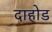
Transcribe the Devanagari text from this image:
दाहोड